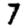
Digit: 7